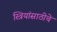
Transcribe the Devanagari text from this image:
स्त्रियांसाठीचे